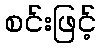
စင်းဖြင့်